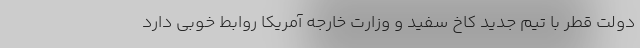
دولت قطر با تیم جدید کاخ سفید و وزارت خارجه آمریکا روابط خوبی دارد